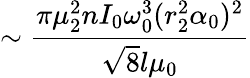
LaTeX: \sim\frac{\pi\mu_{2}^{2}nI_{0}\omega_{0}^{3}(r_{2}^{2}\alpha_{0})^{2}}{\sqrt{8}l\mu_{0}}